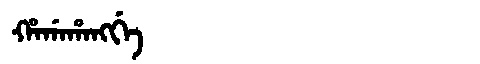
Manchu: ᡥᠠᡤᠠᡥᠠᠩᡤᡝ
Romanization: HAGAHANGGE